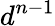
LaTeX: d^{n-1}